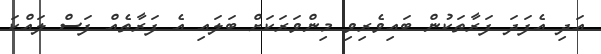
އަދި އެފަދަ ފަރާތަކުން ބައިވެރިވި މިންވަރަކަށް ބަލައި އެ ފަރާތެއް ފަސް ލައްކަ